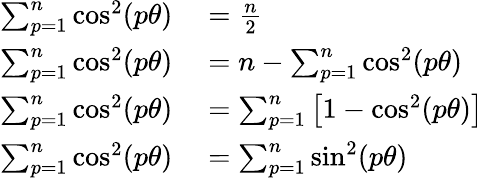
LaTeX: \begin{array}{rl}{\sum_{p=1}^{n}\cos^{2}(p\theta)}&{{}=\frac{n}{2}\, }\\ {\sum_{p=1}^{n}\cos^{2}(p\theta)}&{{}=n-\sum_{p=1}^{n}\cos^{2}(p\theta)\, }\\ {\sum_{p=1}^{n}\cos^{2}(p\theta)}&{{}=\sum_{p=1}^{n}\left[1-\cos^{2}(p\theta)\right]\, }\\ {\sum_{p=1}^{n}\cos^{2}(p\theta)}&{{}=\sum_{p=1}^{n}\sin^{2}(p\theta)\, }\end{array}